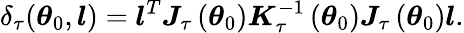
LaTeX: \delta_{\tau}(\boldsymbol{\theta}_{0},\boldsymbol{l})=\boldsymbol{l}^{T}\boldsymbol{J}_{\tau}\left(\boldsymbol{\theta}_{0}\right)\boldsymbol{K}_{\tau}^{-1}\left(\boldsymbol{\theta}_{0}\right)\boldsymbol{J}_{\tau}\left(\boldsymbol{\theta}_{0}\right)\boldsymbol{l}.